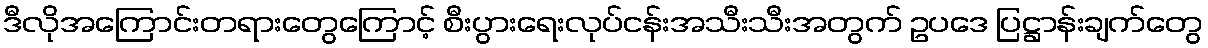
ဒီလိုအကြောင်းတရားတွေကြောင့် စီးပွားရေးလုပ်ငန်းအသီးသီးအတွက် ဥပဒေ ပြဋ္ဌာန်းချက်တွေ